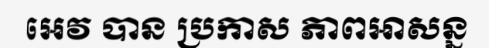
អេវ បាន ប្រកាស ភាពអាសន្ន